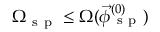
\Omega _ { \mathrm { ~ s ~ p ~ } } \le \Omega ( \vec { \phi } _ { \mathrm { ~ s ~ p ~ } } ^ { ( 0 ) } )